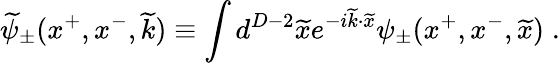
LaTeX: \widetilde{\psi}_{\pm}(x^{+},x^{-},\widetilde{k})\equiv\int d^{D-2}\widetilde{x}e^{-i\widetilde{k}\cdot\widetilde{x}}\psi_{\pm}(x^{+},x^{-},\widetilde{x})\; .